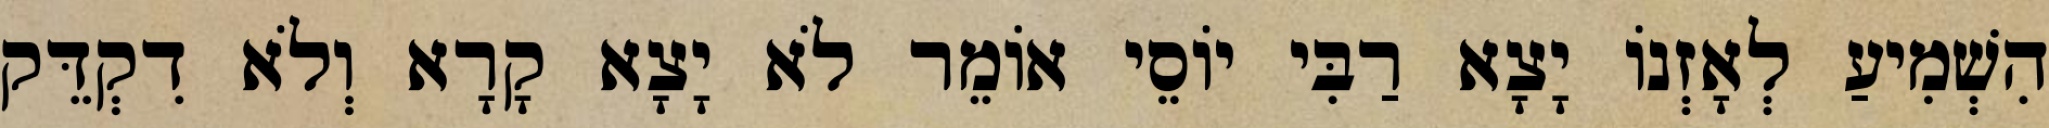
הִשְׁמִיעַ לְאָזְנוֹ יָצָא רַבִּי יוֹסֵי אוֹמֵר לֹא יָצָא קָרָא וְלֹא דִקְדֵּק